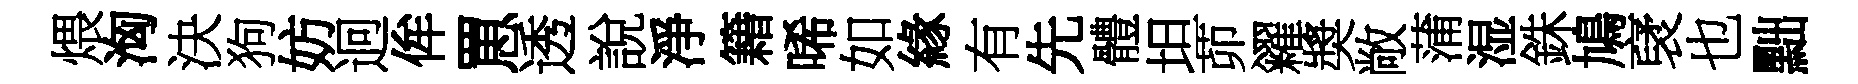
煨洶決狗妨迥侔罳透說淨籍唏如緣有先體坦茆糴奬敞蒲湿銖鳩裦也黜